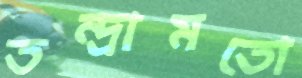
তন্দ্রামতো